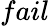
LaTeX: fail